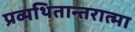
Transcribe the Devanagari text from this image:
प्रव्यथितान्तरात्मा